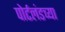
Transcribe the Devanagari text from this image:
पोर्टलंडच्या